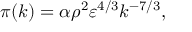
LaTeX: \pi ( k ) = \alpha \rho ^ { 2 } \varepsilon ^ { 4 / 3 } k ^ { - 7 / 3 } ,